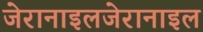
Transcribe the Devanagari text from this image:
जेरानाइलजेरानाइल